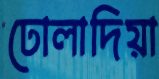
ঢোলাদিয়া